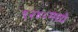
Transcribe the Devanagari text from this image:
१२४८मध्ये